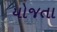
યોજતા